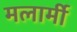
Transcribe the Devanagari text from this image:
मलार्मी